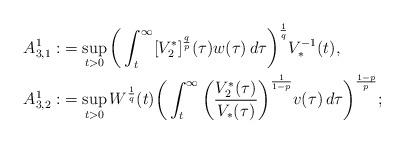
LaTeX: \begin{align*} A_{3,1}^1 : & = \sup_{t > 0}\bigg( \int_t^{\infty} [V_2^*]^{\frac{q}{p}}(\tau) w(\tau)\,d\tau \bigg)^{\frac{1}{q}} V_*^{- 1} (t),\\ A_{3,2}^1 : & = \sup_{t > 0} W^{\frac{1}{q}} (t) \bigg( \int_t^{\infty} \bigg( \frac{V_2^*(\tau)}{V_*(\tau)} \bigg)^{\frac{1}{1-p}} v(\tau)\,d\tau \bigg)^{\frac{1 - p}{p}}; \end{align*}